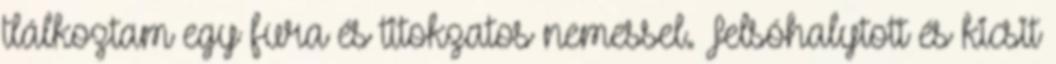
tlálkoztam egy fura és titokzatos nemessel. Felsóhalytott és kicsit